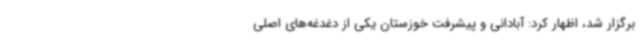
برگزار شد، اظهار کرد: آبادانی و پیشرفت خوزستان یکی از دغدغه‌های اصلی